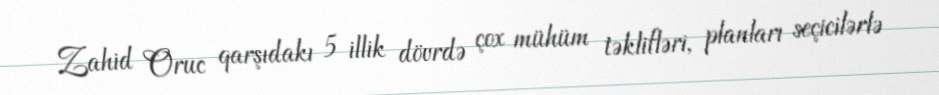
Zahid Oruc qarşıdakı 5 illik dövrdə çox mühüm təklifləri, planları seçicilərlə